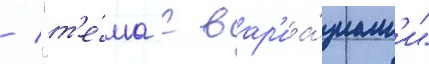
/ "т'е́ма с вар'иа́циам'и"